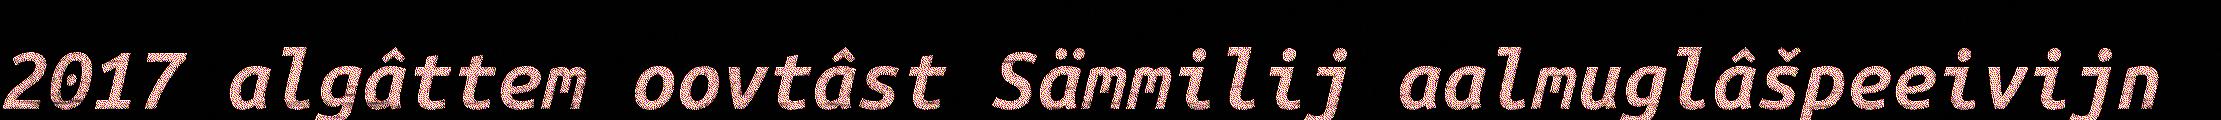
2017 algâttem oovtâst Sämmilij aalmuglâšpeeivijn